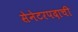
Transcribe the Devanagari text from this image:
सेनेटरपदाची